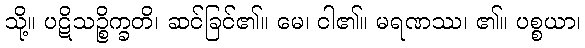
သို့။ ပဋိသဉ္စိက္ခတိ၊ ဆင်ခြင်၏။ မေ၊ ငါ၏။ မရဏဿ၊ ၏။ ပစ္စယာ၊